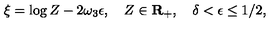
\xi = \log Z - 2 \omega _ { 3 } \epsilon , \quad Z \in { \bf R } _ { + } , \quad \delta < \epsilon \leq 1 / 2 ,